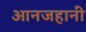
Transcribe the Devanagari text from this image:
आनजहानी